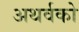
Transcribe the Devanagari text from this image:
अथर्वको